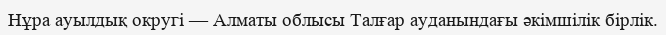
Нұра ауылдық округі — Алматы облысы Талғар ауданындағы әкімшілік бірлік.